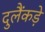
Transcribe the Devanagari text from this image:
दुलैंकड़े